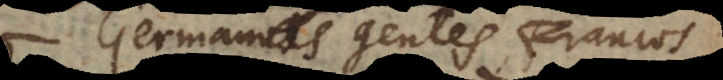
Germanas gentes, Francos